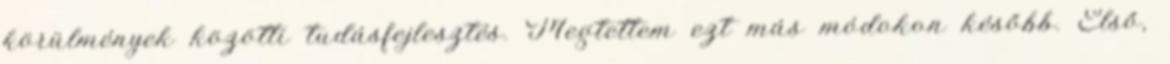
körülmények közötti tudásfejlesztés. Megtettem ezt más módokon később. Első,